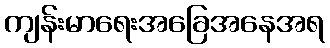
ကျန်းမာရေးအခြေအနေအရ